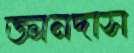
জ্ঞানদাস